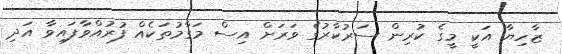
ޒާހިޔާ އަކީ މީގެ ކުރިން ސަރުކާރުގެ ވަރަށް އިސް މަގާމުތަކެއް ފުރުއްވާފައިވާ އަދި